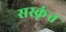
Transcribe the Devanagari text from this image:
सस्कृंत